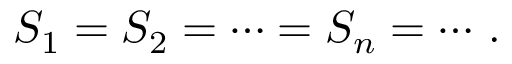
S _ { 1 } = S _ { 2 } = \cdots = S _ { n } = \cdots \, .